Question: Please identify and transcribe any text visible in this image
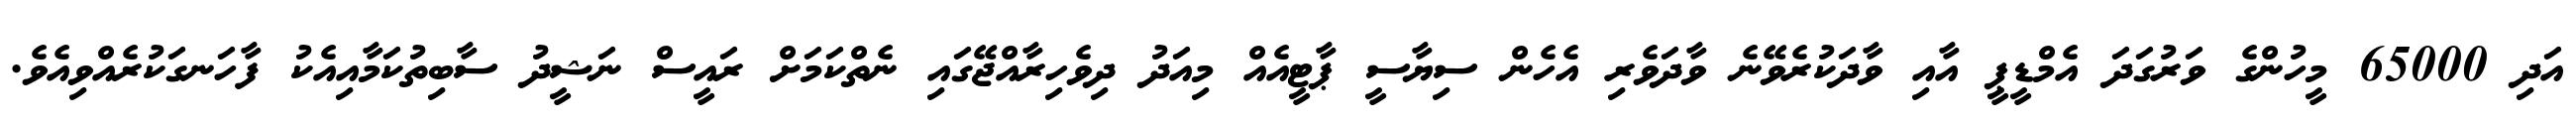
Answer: އަދި 65000 މީހުންގެ ވަރުގަދަ އެމްޑީޕީ އާއި ވާދަކުރެވޭނެ ވާދަވެރި އެހެން ސިޔާސީ ޕާޓީއެއް މިއަދު ދިވެހިރާއްޖޭގައި ނެތްކަމަށް ރައީސް ނަޝީދު ސާބިތުކަމާއިއެކު ފާހަނގަކުރެއްވިއެވެ.